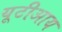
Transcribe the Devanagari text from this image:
यूटीआय